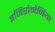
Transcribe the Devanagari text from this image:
इजिप्टोमेनिया